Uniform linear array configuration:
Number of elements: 8
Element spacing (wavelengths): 0.25
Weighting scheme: uniform
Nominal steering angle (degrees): -45
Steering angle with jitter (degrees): -46.94
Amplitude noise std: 0.05
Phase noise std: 0.05

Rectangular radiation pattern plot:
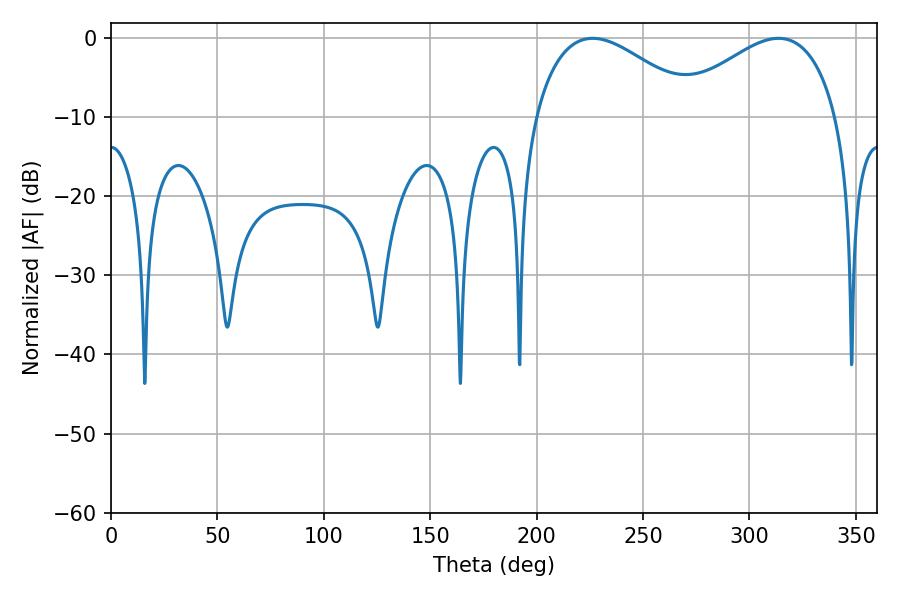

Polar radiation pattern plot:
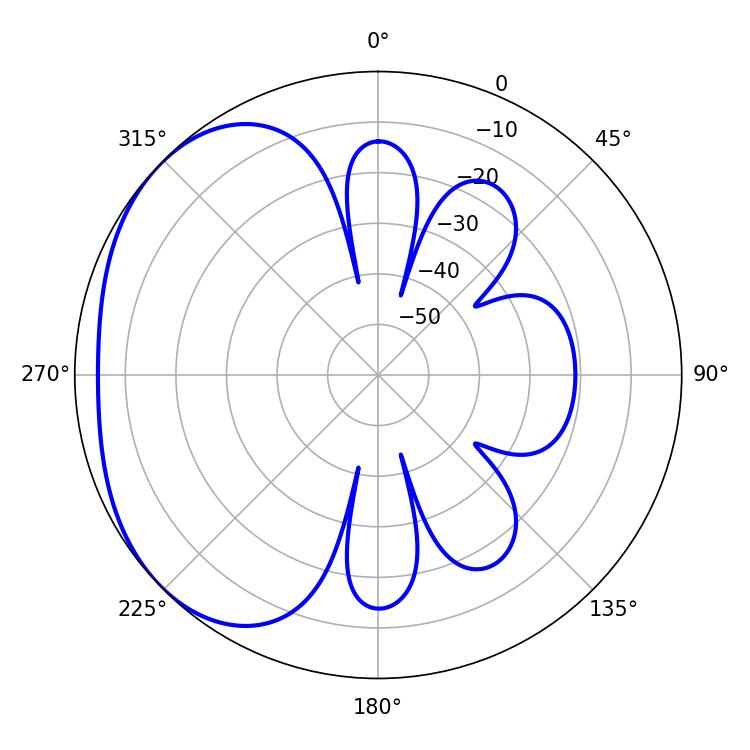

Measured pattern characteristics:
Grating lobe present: FALSE
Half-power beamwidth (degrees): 42.12
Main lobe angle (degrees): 226.26